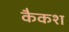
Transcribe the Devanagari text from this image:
कैकश